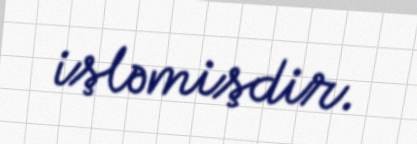
işləmişdir.